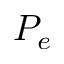
P _ { e }